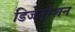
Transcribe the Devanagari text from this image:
डिजेनरेशन